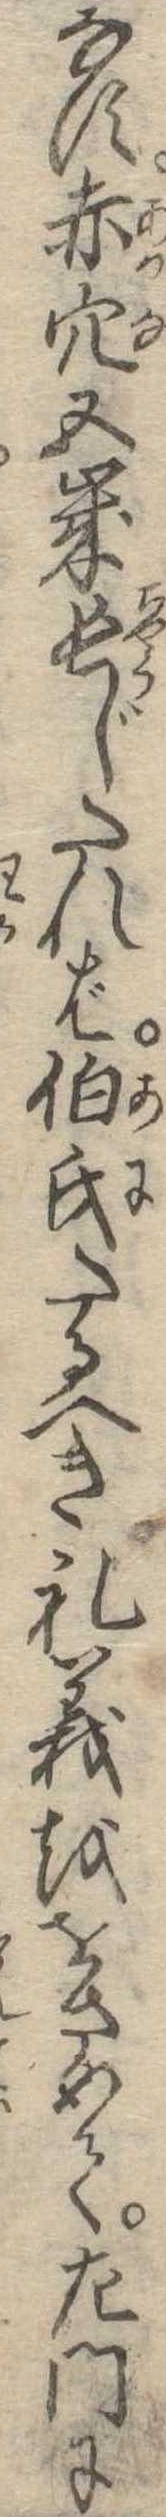
なす赤穴五歳長じたれば伯氏たるべき礼義ををさめて左門に